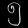
Digit: ၅